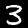
Digit: 3